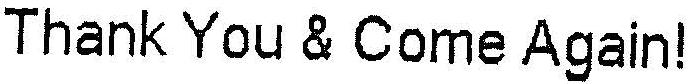
THANK YOU & COME AGAIN!